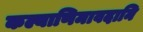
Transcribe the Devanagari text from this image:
कल्याणिमावदानि